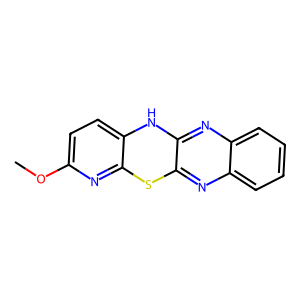
SMILES: COc1ccc2c(n1)Sc1nc3ccccc3nc1N2
Inhibits HIV replication: No